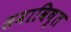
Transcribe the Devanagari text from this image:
समाविष्त